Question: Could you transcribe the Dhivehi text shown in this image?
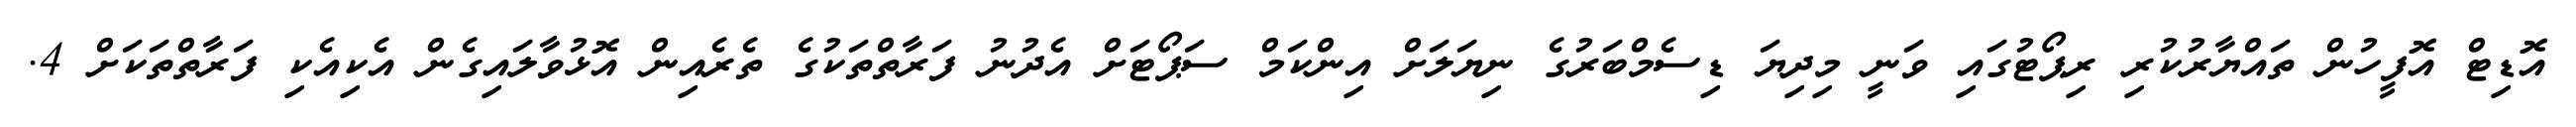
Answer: އޮޑިޓް އޮފީހުން ތައްޔާރުކުރި ރިޕޯޓުގައި ވަނީ މިދިޔަ ޑިސެމްބަރުގެ ނިޔަލަށް އިންކަމް ސަޕޯޓަށް އެދުނު ފަރާތްތަކުގެ ތެރެއިން އޮޅުވާލައިގެން އެކިއެކި ފަރާތްތަކަށް 4.